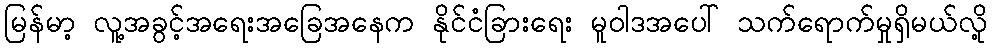
မြန်မာ့ လူ့အခွင့်အရေးအခြေအနေက နိုင်ငံခြားရေး မူဝါဒအပေါ် သက်ရောက်မှုရှိမယ်လို့